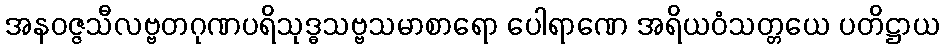
အနဝဇ္ဇသီလဗ္ဗတဂုဏပရိသုဒ္ဓသဗ္ဗသမာစာရော ပေါရာဏေ အရိယဝံသတ္တယေ ပတိဋ္ဌာယ